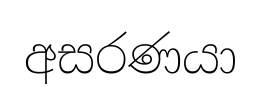
අසරණයා